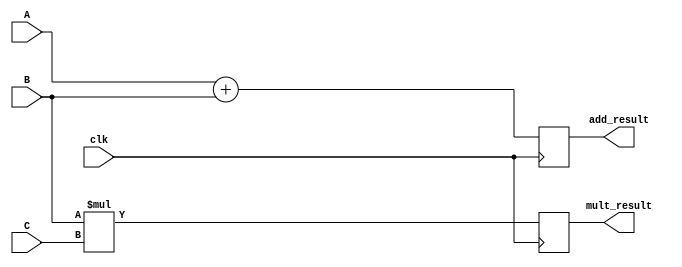
module PE (clk, A, B, C, mult_result, add_result);

parameter PRECISION = 32;

input clk;
input [PRECISION-1:0] A, B, C;
output [PRECISION-1:0] mult_result, add_result;

reg [PRECISION-1:0] out;
wire [PRECISION-1:0] mult_comp_result;

	always @ (posedge clk)
	begin
		add_result <= A+B;
		mult_result <= B*C;
	end
	
	assign mult_result = mult_comp_result;

endmodule